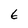
Character: 6